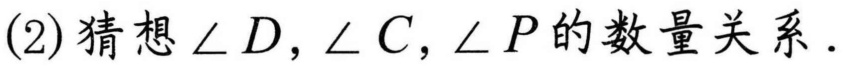
(2)猜想\(\angle D,\angle C,\angle P\)的数量关系．